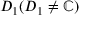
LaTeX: D _ { 1 } ( D _ { 1 } \neq \mathbb { C } )